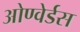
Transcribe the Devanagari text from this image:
ओण्वेर्डस